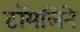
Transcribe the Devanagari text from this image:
टॉयलिने